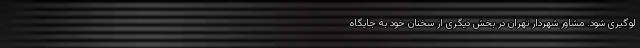
لوگیری شود. مشاور شهردار تهران در بخش دیگری از سخنان خود به جایگاه